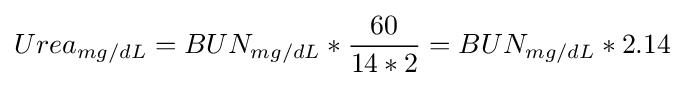
Urea_{mg/dL}=BUN_{mg/dL}*{\frac {60}{14*2}}=BUN_{mg/dL}*2.14